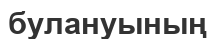
булануының